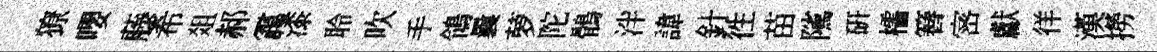
獠嚶藤希爼郝靄漆聆吹手鴒曩萝陀鶻泮諱針徃苗隲研櫺簮宻獻徉漢撈